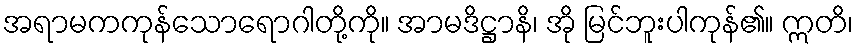
အရာမကကုန်သောရောဂါတို့ကို။ အာမဒိဋ္ဌာနိ၊ အို မြင်ဘူးပါကုန်၏။ ဣတိ၊